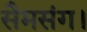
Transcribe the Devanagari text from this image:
सैमसंग।